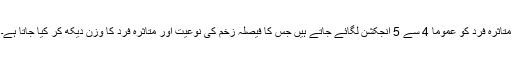
متاثرہ فرد کو عموما 4 سے 5 انجکشن لگائے جاتے ہیں جس کا فیصلہ زخم کی نوعیت اور متاثرہ فرد کا وزن دیکھ کر کیا جاتا ہے۔